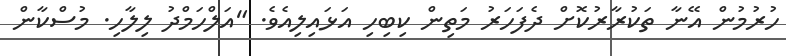
ހުރުމުން އޭނާ ތަކުރާރުކޮށް ދެފަހަރު މަތިން ކިބިހި އަޅައިލިއެވެ. "އަލްހަމްދު ލިލާހި. މުސްކާން